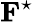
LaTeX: \mathbf{F}^{\star}